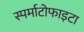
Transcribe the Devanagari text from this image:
स्पर्माटोफाइटा